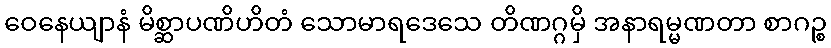
ဝေနေယျာနံ မိစ္ဆာပဏိဟိတံ သောမာရဒေသေ တိဏဂ္ဂမှိ အနာရမ္မဏတာ စာဂဉ္စ